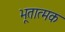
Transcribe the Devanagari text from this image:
भूतात्मक